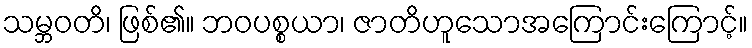
သမ္ဘဝတိ၊ ဖြစ်၏။ ဘဝပစ္စယာ၊ ဇာတိဟူသောအကြောင်းကြောင့်။